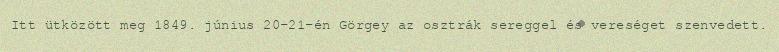
Itt ütközött meg 1849. június 20–21-én Görgey az osztrák sereggel és vereséget szenvedett.